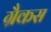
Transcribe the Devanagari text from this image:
ग्रैकस